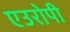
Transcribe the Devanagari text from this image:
एउरोपी